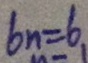
b n = 6